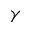
\gamma